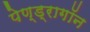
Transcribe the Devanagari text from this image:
पेण्ड्रागॉन